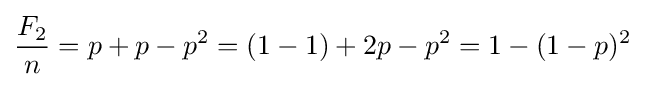
{\frac {F_{2}}{n}}=p+p-p^{2}=(1-1)+2p-p^{2}=1-(1-p)^{2}